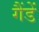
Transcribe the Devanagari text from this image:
गैंडें